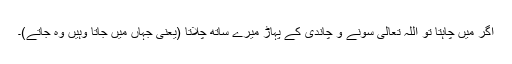
اگر میں چاہتا تو اللہ تعالیٰ سونے و چاندی کے پہاڑ میرے ساتھ چلاتا (یعنی جہاں میں جاتا وہیں وہ جاتے)۔